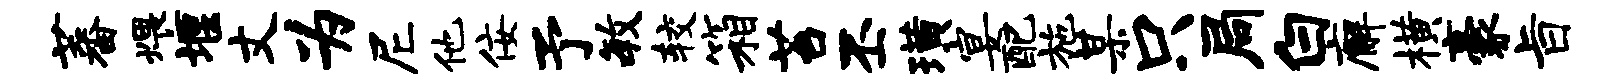
蕃煨堰丈为尼他佞予毓较箱苔丕璜宴配施某只局白廨横豪旨